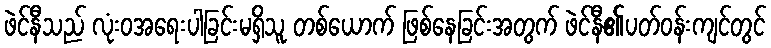
ဖဲင်နီသည် လုံးဝအရေးပါခြင်းမရှိသူ တစ်ယောက် ဖြစ်နေခြင်းအတွက် ဖဲင်နီ၏ပတ်ဝန်းကျင်တွင်